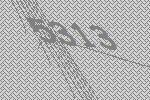
5313